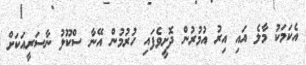
އެކަމަކު މާލެ އައި އިރު އުމުރުން ދޮށީވެފައި ހުރުމުން އޭނާ ސްކޫލު ނާސަރީއަކަށް